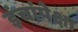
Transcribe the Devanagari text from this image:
इंचांपेक्षा